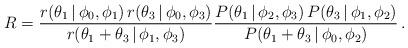
LaTeX: \begin{align*}R=\frac{r(\theta_1\,|\,\phi_0,\phi_1)\,r(\theta_3\,|\,\phi_0,\phi_3)}{r(\theta_1+\theta_3\,|\,\phi_1,\phi_3)}\frac{P(\theta_1\,|\,\phi_2,\phi_3)\,P(\theta_3\,|\,\phi_1,\phi_2)}{P(\theta_1+\theta_3\,|\,\phi_0,\phi_2)}\,.\end{align*}